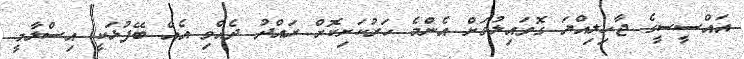
އައްސީސީގެ ޖާހިލިއްޔަ ގޮވައިލުމަށް އެންމެ ހަރުކަށިކޮށް ރައްދު ދެއްވި އެއް ބޭފުޅަކީ އިސްލާމީ